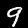
Label: 9